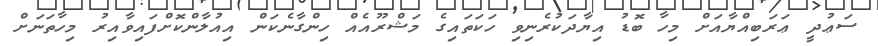
ސަޢުދީ ޢަރަބިއްޔާއަށް މިހާ ބޮޑު އިޔާދަކުރެނިވި ހަކަތައިގެ މަޝްރޫއެއް ހިންގާނެކަން އިއުލާންކޮށްފައިވާއިރު މިހާތަނަށް